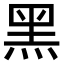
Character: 黑